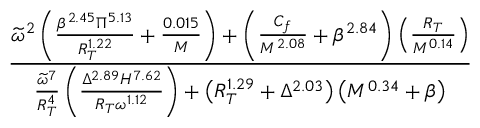
\frac { \widetilde { \omega } ^ { 2 } \left( \frac { \beta ^ { 2 . 4 5 } \Pi ^ { 5 . 1 3 } } { R _ { T } ^ { 1 . 2 2 } } + \frac { 0 . 0 1 5 } { M } \right) + \left( \frac { C _ { f } } { M ^ { 2 . 0 8 } } + \beta ^ { 2 . 8 4 } \right) \left( \frac { R _ { T } } { M ^ { 0 . 1 4 } } \right) } { \frac { \widetilde { \omega } ^ { 7 } } { R _ { T } ^ { 4 } } \left( \frac { \Delta ^ { 2 . 8 9 } H ^ { 7 . 6 2 } } { R _ { T } \omega ^ { 1 . 1 2 } } \right) + \left( R _ { T } ^ { 1 . 2 9 } + \Delta ^ { 2 . 0 3 } \right) \left( M ^ { 0 . 3 4 } + \beta \right) }